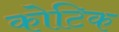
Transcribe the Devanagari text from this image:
कोटिक